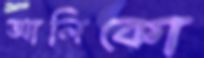
আলিকো